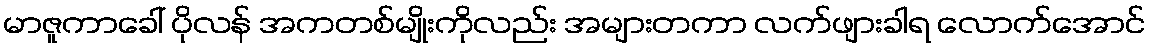
မာဇူကာခေါ် ပိုလန် အကတစ်မျိုးကိုလည်း အများတကာ လက်ဖျားခါရ လောက်အောင်